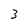
Character: 3